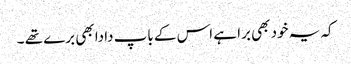
کہ یہ خود بھی برا ہے اس کے باپ دادا بھی برے تھے ۔